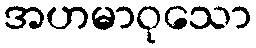
အဟမာဝုသော